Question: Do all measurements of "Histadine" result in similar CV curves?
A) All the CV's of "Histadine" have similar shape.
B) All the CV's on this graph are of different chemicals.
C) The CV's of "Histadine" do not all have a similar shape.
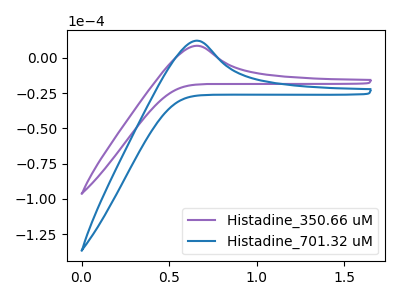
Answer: <think>The purple curve "Histadine_350.66 uM" has an anodic peak at: (0.65V, 8.65uA). The blue curve "Histadine_701.32 uM" has an anodic peak at: (0.65V, 12.25uA).
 All the peaks in "Histadine_350.66 uM" have a peak in "Histadine_701.32 uM" at the same potential. Every peak in "Histadine_350.66 uM" is lower than every peak in "Histadine_701.32 uM".</think>
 <answer>A) All the CV's of "Histadine" have similar shape.</answer>
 <eval>A</eval>